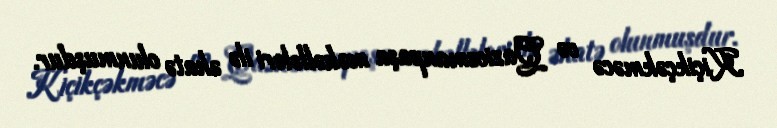
Kiçikçəkməcə və Qaziosmanpaşa məhəllələri ilə əhatə olunmuşdur.